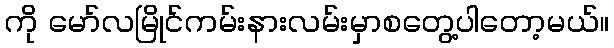
ကို မော်လမြိုင်ကမ်းနားလမ်းမှာစတွေ့ပါတော့မယ်။